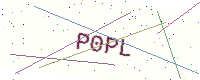
Text: P0PL